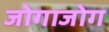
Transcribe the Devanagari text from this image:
जोगाजोग